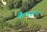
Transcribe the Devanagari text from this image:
कैगयान